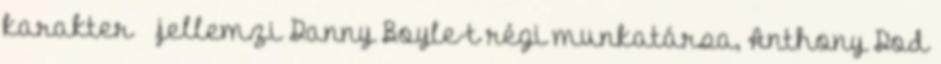
karakter – jellemzi Danny Boyle-t régi munkatársa, Anthony Dod